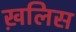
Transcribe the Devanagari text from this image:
ख़लिस